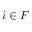
i \in F